Calcutta medical institutions reports 1892-1900
Year: 1892
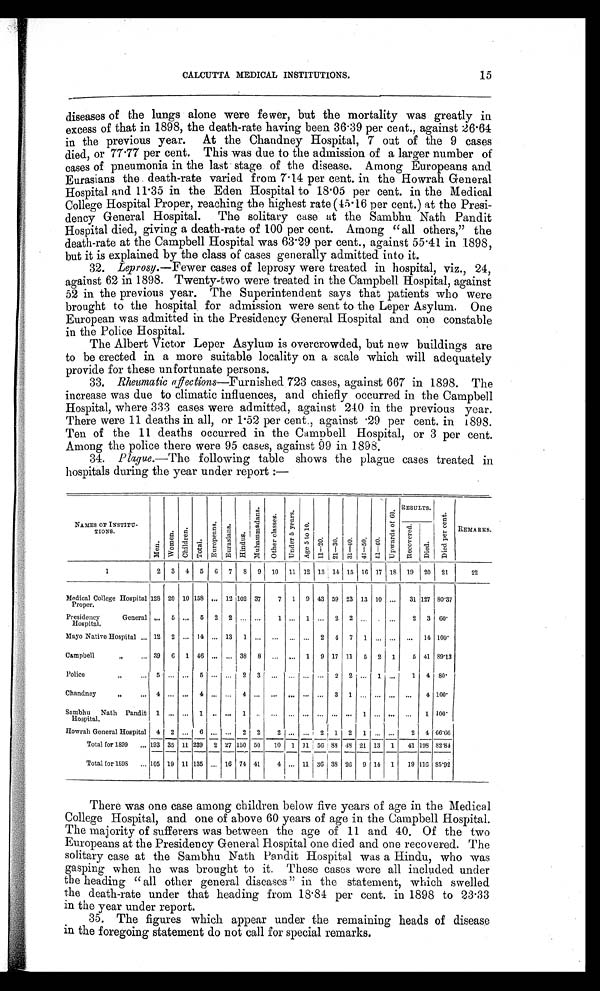
15
C A L C U T T A M E D I C A L I N S T I T U T I O N S .
diseases of the lungs alone were fewer, but the mortality was greatly in
excess of that in 1898, the death-rate having been 36.39 per cent., against 26.64
in the previous year. At the Chandney Hospital, 7 out of the 9 cases
died, or 77.77 per cent. This was due to the admission of a larger number of
cases of pneumonia in the last stage of the disease. Among Europeans and
Eurasians the death-rate varied from 7.14 per cent. in the Howrah General
Hospital and 11.35 in the Eden Hospital to 18.05 per cent. in the Medical
College Hospital Proper, reaching the highest rate (45.16 per cent.) at the Presi-
dency General Hospital. The solitary case at the Sambhu Nath Pandit
Hospital died, giving a death-rate of 100 per cent. Among "all others," the
death-rate at the Campbell Hospital was 63.29 per cent., against 55.41 in 1898,
but it is explained by the class of cases generally admitted into it.
32. Leprosy.—Fewer cases of leprosy were treated in hospital, viz., 24,
against 62 in 1898. Twenty-two were treated in the Campbell Hospital, against
52 in the previous year. The Superintendent says that patients who were
brought to the hospital for admission were sent to the Leper Asylum. One
European was admitted in the Presidency General Hospital and one constable
in the Police Hospital.
The Albert Victor Leper Asylum is overcrowded, but new buildings are
to be erected in a more suitable locality on a scale which will adequately
provide for these unfortunate persons.
33. Rheumatic affections—Furnished 723 cases, against 667 in 1898. The
increase was due to climatic influences, and chiefly occurred in the Campbell
Hospital, where 333 cases were admitted, against 240 in the previous year.
There were 11 deaths in all, or 1.52 per cent., against .29 per cent. in 1898.
Ten of the 11 deaths occurred in the Campbell Hospital, or 3 per cent.
Among the police there were 95 cases, against 99 in 1898.
34. Plague.—The following table shows the plague cases treated in
hospitals during the year under report :—
N A M E S O F I N S T I T U - T I O N S .
M e n .
W o m e n . C h i l d r e n .
T o t a l .
E u r o p e a n s . E u r a s i a n s .
H i n d u s .
M u h a m m a d a n s .
O t h e r c l a s s e s .
U n d e r 5 y e a r s .
A g e 5 t o 1 0 .
1 1 — 2 0 . 2 1 — 3 0 . 3 1 — 4 0 . 4 1 — 5 0 . 5 1 — 6 0 .
U p w a r d s o f 6 0 .
RESULTS.
D i e d p e r c e n t . REMARKS.
R e c o v e r e d .
D i e d .
1
2 3 4 5 6 7 8 9 10 11 12 13 14 15 16 17 18 19 20 21
22
Medical College Hospital
Proper.
128 20 10 158 . . . 12 102 37 7 1 9 43 59 23 13 10 ... 31 127 80.37
Presidency
General
Hospital.
. . . 5 ... 5 2 2 ... ... 1 ... 1 ... 2 2 . . . . . . . . . 2 3 60.
Mayo Native Hospital ... 12 2 ... 14 ... 13 1 ... ... ... ... 2 4 7 1 ... ... ... 14 100.
Campbell
„ . . .
39 6 1 46 ... ... 38 8
. . . . . . 1 9 17 11 5 2 1 5 41 89.13
Pol i ce " . . .
5 . . . . . . 5 . . . . . . 2 3 ...
. . . . . . . . . 2 2 . . . 1 . . . 1 4 80.
Chandney
„ . . .
4 . . . . . . 4 . . . . . . 4 . . .
...
. . . . . . . . . 3 1 . . . . . . . . . . . . 4 1 0 0 .
Sambhu Nath Pandit
Hospital.
1 . . . ... 1 . . . . . . 1 . . .
...
. . . . . . . . . . . . . . . 1 . . . . . . . . . 1 1 0 0 .
Howrah General Hospital 4 2 ... 6 . . . . . . 2 2 2 ... ... 2 1 2 1 ... ... 2 4 66.66
Total for 1899
. . . 193 35 11 239 2 27 150 50 10 1 1 1 56 88 48 21 13 1 41 198 82.84
Total for 1896 .. 105 19 11 135 ... 16 74 41 4 ... 11 36 38 26 9 14 1 19 116 85.92
There was one case among children below five years of age in the Medical
College Hospital, and one of above 60 years of age in the Campbell Hospital.
The majority of sufferers was between the age of 11 and 40. Of the two
Europeans at the Presidency General Hospital one died and one recovered. The
solitary case at the Sambhu Nath Pandit Hospital was a Hindu, who was
gasping when he was brought to it. These cases were all included under
the heading "all other general diseases" in the statement, which swelled
the death-rate under that heading from 18 . 84 per cent. in 1898 to 23.33
in the year under report.
35. The figures which appear under the remaining heads of disease
in the foregoing statement do not call for special remarks.